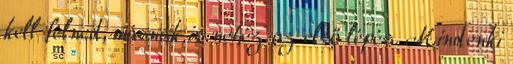
kell félned, másnak is nehéz az első lépés. Mindenki